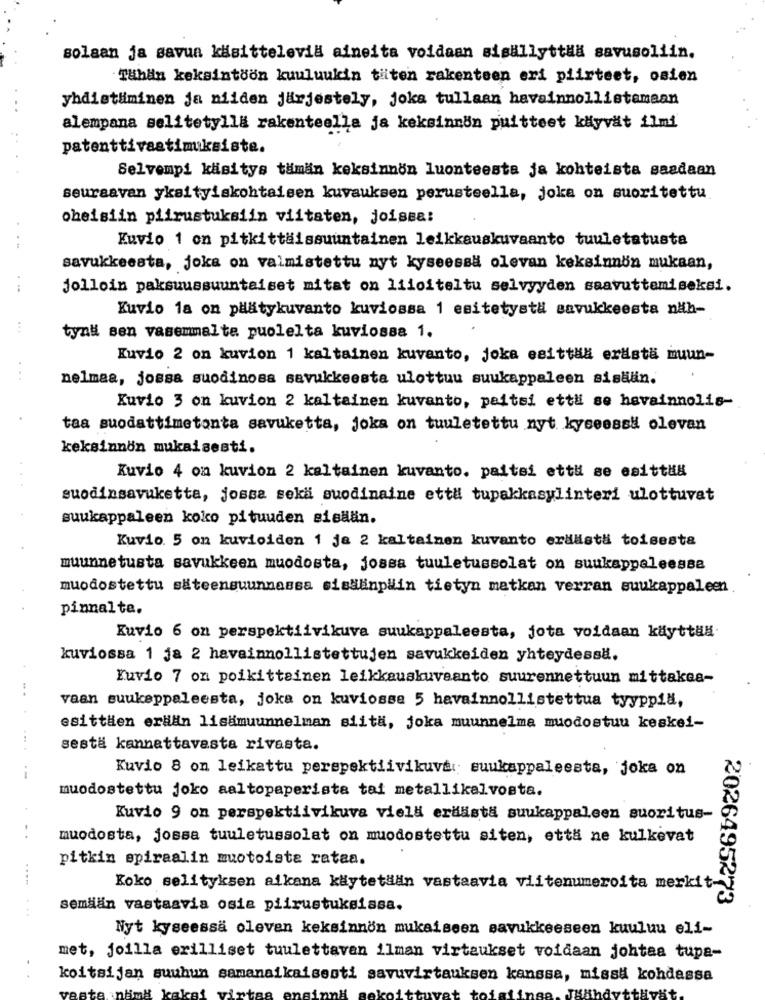
solaan ja savun käsittelevil aineita voldaan sisällyttla savusoliin.
Tähän keksintöön kuuluukin tüten rakenteen eri piirteet, osien
yhdistuminen ja niiden järjestely, joka tullaan havainnollistamaan
alempana selitetylla rakenteella ja keksinnön puitteet käyvät ilmi
patenttivastimiksiste.
Selvempi käsitys tämän keksinnön luonteesta ja kohteista saadaan
seuraavan yksityiskohtaisen kuvauksen perusteella, joka on suoritettu
oheisiin piirustuksiin viitaten, joissa:
Kuvio 1 on pitkittäissuuntainen leikkauskuvaanto tuuletatusta
savukkeesta, joka on valmistettu nyt kyseessä olevan keksinnön mukaan,
jolloin paksuussuuntaiset mitat on liloiteltu selvyyden saavuttemiseksi.
Kuvio 1a on platykuvanto kuviossa 1 esitetysta savukkeesta näh-
...
tyn# sen vasemmalte puolelta kuviossa 1.
Kuvio 2 on kuvion 1 kaltainen kuvanto, joka esittla erästä muun-
nelmaa, jossa suodinosa savukkeesta ulottuu suukappaleen sisään.
Kuvio 3 on kuvion 2 kaltainen kuvanto, paitsi ettl se hovainnolis-
taa suodattimetonta savuketta, joka on tuuletettu nyt kyseessi olevan
keksinnon mukaisesti.
Kuvio 4 on kuvion 2 kaltainen kuvanto. paitsi etti se esittla
suodinsavuketta, jossa sekä suodinaine ett# tupakkasylinteri ulottuvat
suukappaleen koko pituuden sisään.
Kuvio. 5 on kuvioiden 1 ja 2 kaltainen kuvanto eräästä toisesta
muunnetusta savukkeen muodosta, jossa tuuletussolat on suukappaleessa
muodostettu säteensuunnassa sisääinplin tietyn matkan verran suukappaleen
pinnalte.
Kuvio 6 on perspektiivikuva suukappaleesta, jota voidaan käyttla
kuviossa 1 ja 2 havainnollistettujen savukkeiden yhteydessä.
Yuvio 7 on poikitteinen leikkauskuvsanto suurennettuun mittakes-
...
vaan suukeppaleesta, joka on kuviosse 5 havainnollistettua tyyppil,
esittien erkan lisämuunnelman siitä, joka muunnelma muodostuu keskei-
... .
sestä kannattavasta rivasta.
Kuvio 8 on leikattu perspektiivikuva: suukappaleesta, joka on
--
muodostettu joko aaltopaperista tai metallikalvosta.
Kuvio 9 on perspektiivikuva vield erilästa suukappaleen suoritus-
. .
muodosta, jossa tuuletussolat on muodostettu siten, että ne kulkevat
pitkin spiraalin muotoista rataa.
Koko selityksen aikana käytetdan vastaavia viitenumeroita merkit
2026495273
...
semaan vastasvia osia piirustuksissa.
Nyt kyseessä oleven keksinnön mukaiseen savukkeeseen kuuluu eli-
met, joilla erilliset tuulettavan ilman virtaukset voidaan johtaa tupa-
koitsijan suuhun semanaikaisesti savuvirtauksen kanssa, missä kohdassa